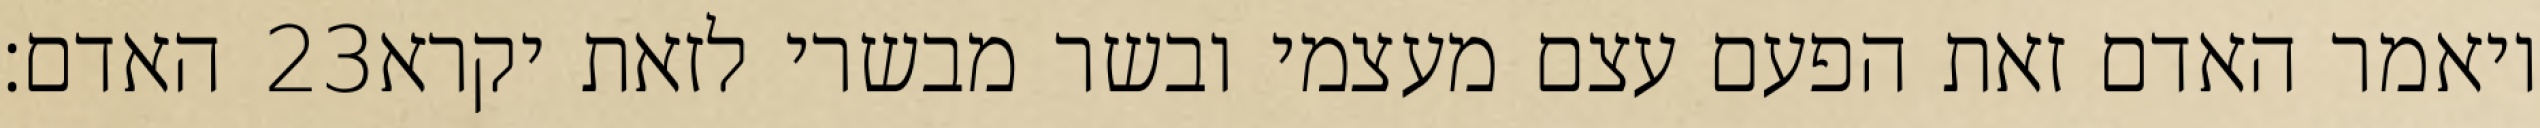
האדם׃ ‎23‏ ויאמר האדם זאת הפעם עצם מעצמי ובשר מבשרי לזאת יקרא